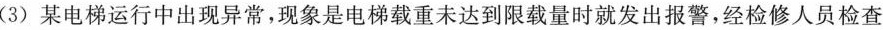
(3)某电梯运行中出现异常，现象是电梯载重未达到限载量时就发出报警，经检修人员检查